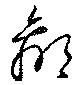
贏